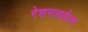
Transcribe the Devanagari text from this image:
रेशनलाईज़्म